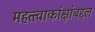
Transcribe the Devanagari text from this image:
महत्त्वाकांक्षांबद्दल